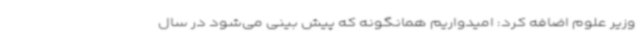
وزیر علوم اضافه کرد: امیدواریم همانگونه که پیش بینی می‌شود در سال